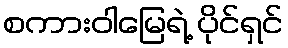
စကားဝါမြေရဲ့ ပိုင်ရှင်